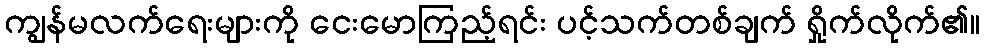
ကျွန်မလက်ရေးများကို ငေးမောကြည့်ရင်း ပင့်သက်တစ်ချက် ရှိုက်လိုက်၏။